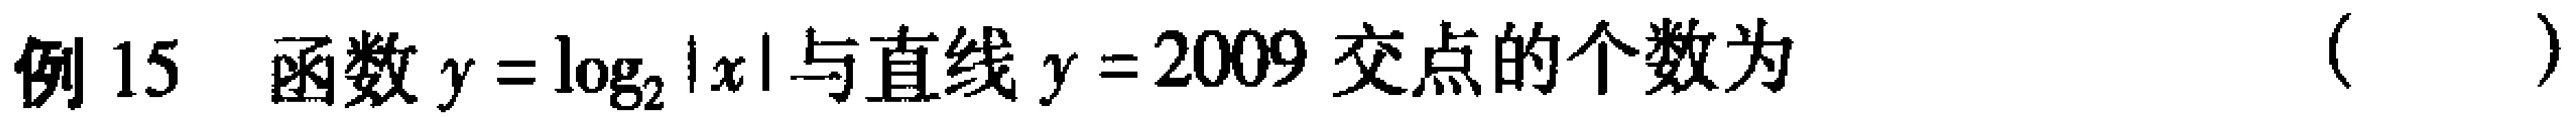
例 15 函数\(y = \log_{2}|x|\)与直线\(y = 2009\)交点的个数为 （  ）